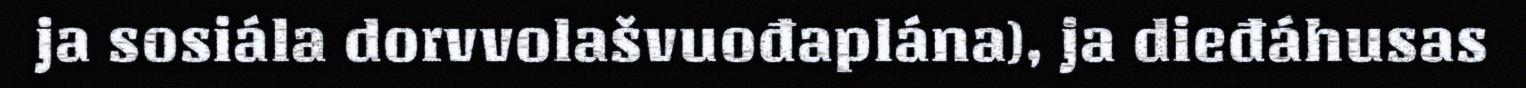
ja sosiála dorvvolašvuođaplána), ja dieđáhusas